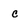
Character: c